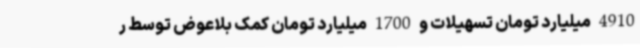
4910 میلیارد تومان تسهیلات و 1700 میلیارد تومان کمک بلاعوض توسط ر